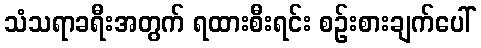
သံသရာခရီးအတွက် ရထားစီးရင်း စဉ်းစားချက်ပေါ်